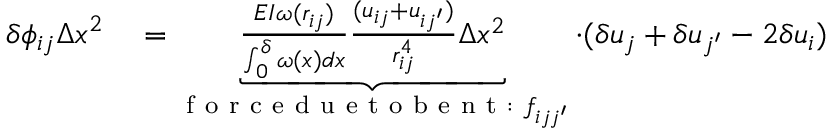
\begin{array} { r l } { \delta \phi _ { i j } \Delta x ^ { 2 } } & { { } = \underbrace { \frac { E I \omega ( r _ { i j } ) } { \int _ { 0 } ^ { \delta } \omega ( x ) d x } \frac { ( u _ { i j } + u _ { i j ^ { \prime } } ) } { r _ { i j } ^ { 4 } } \Delta x ^ { 2 } } _ { \mathrm { ~ f ~ o ~ r ~ c ~ e ~ d ~ u ~ e ~ t ~ o ~ b ~ e ~ n ~ t ~ : ~ } f _ { i j j ^ { \prime } } } \cdot ( \delta u _ { j } + \delta u _ { j ^ { \prime } } - 2 \delta u _ { i } ) } \end{array}